Leaving Certificate Examination (including Day School Certificate (Higher) General paper), 1936
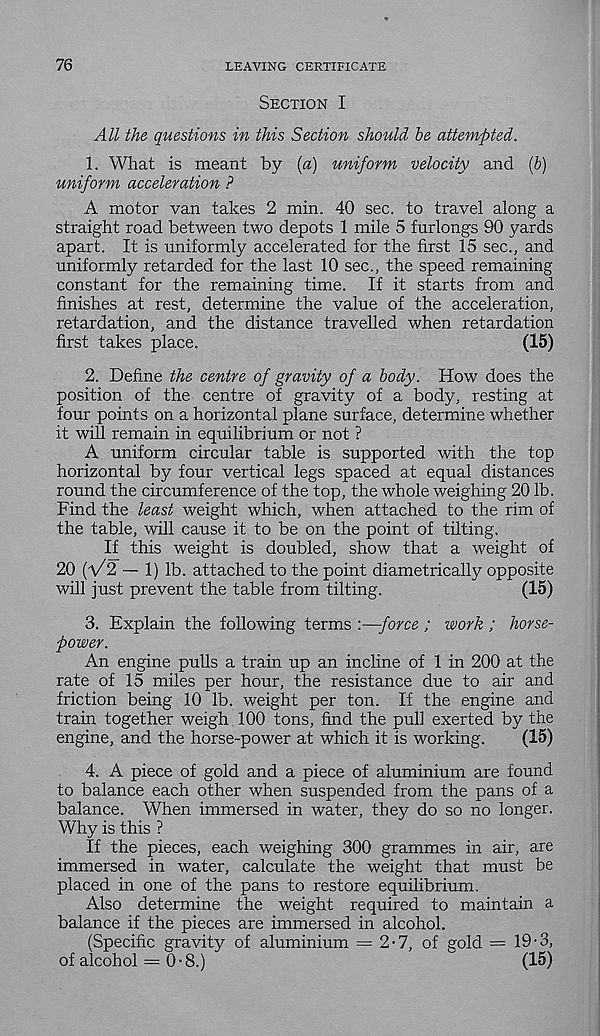
76
LEAVING CERTIFICATE
Section I
All the questions in this Section should be attempted.
1. What is meant by {a) uniform velocity and (6)
uniform acceleration ?
A motor van takes 2 min. 40 sec. to travel along a
straight road between two depots 1 mile 5 furlongs 90 yards
apart. It is uniformly accelerated for the first 15 sec., and
uniformly retarded for the last 10 sec., the speed remaining
constant for the remaining time. If it starts from and
finishes at rest, determine the value of the acceleration,
retardation, and the distance travelled when retardation
first takes place.
(15)
2. Define the centre of gravity of a body. How does the
position of the centre of gravity of a body, resting at
four points on a horizontal plane surface, determine whether
it will remain in equilibrium or not ?
A uniform circular table is supported with the top
horizontal by four vertical legs spaced at equal distances
round the circumference of the top, the whole weighing 20 lb.
Find the least weight which, when attached to the rim of
the table, will cause it to be on the point of tilting.
If this weight is doubled, show that a weight of
20 (V2 — 1) lb. attached to the point diametrically opposite
will just prevent the table from tilting.
(15)
3. Explain the following terms :—force ; work ; horse-
power.
An engine pulls a train up an incline of 1 in 200 at the
rate of 15 miles per hour, the resistance due to air and
friction being 10 lb. weight per ton. If the engine and
train together weigh 100 tons, find the pull exerted by the
engine, and the horse-power at which it is working.
(15)
4. A piece of gold and a piece of aluminium are found
to balance each other when suspended from the pans of a
balance. When immersed in water, they do so no longer.
Why is this ?
If the pieces, each weighing 300 grammes in air, are
immersed in water, calculate the weight that must be
placed in one of the pans to restore equilibrium.
Also determine the weight required to maintain a
balance if the pieces are immersed in alcohol.
(Specific gravity of aluminium = 2-7, of gold = 19-3,
of alcohol ==0-8.)
(15)